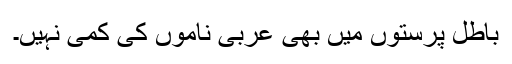
باطل پرستوں میں بھی عربی ناموں کی کمی نہیں۔